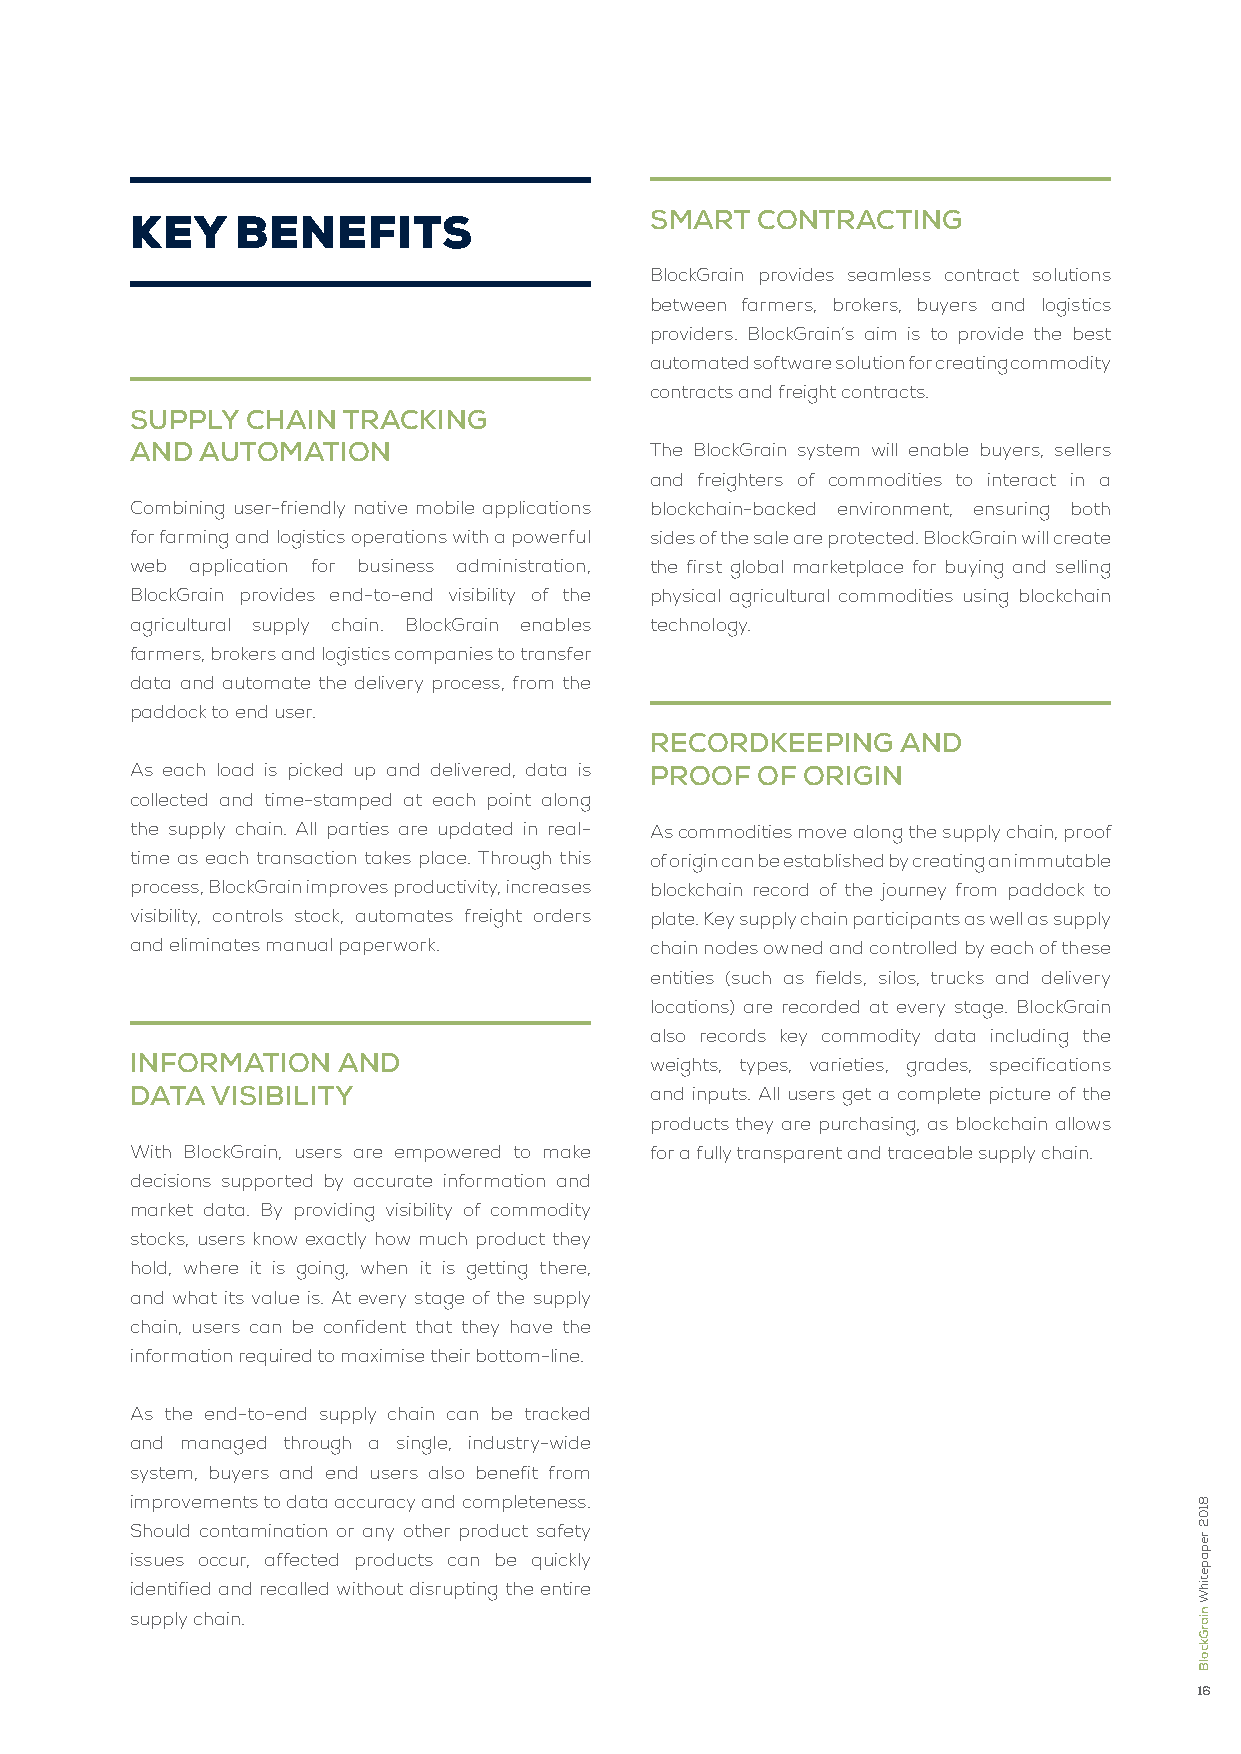
SMART  ConTRACTInG
 key   BenefIts
 BlockGrain provides seamless contract solutions
 between farmers, brokers, buyers and logistics
 providers. BlockGrain’s aim is to provide the best
 automated software solution for creating commodity
 contracts and freight contracts.
 SuPPly ChAIn  TRACKInG
 AnD AuToMATIon                    The BlockGrain system will enable buyers, sellers
 and freighters of commodities to interact in a
 Combining user-friendly native mobile applications blockchain-backed environment, ensuring both
 for farming and logistics operations with a powerful sides of the sale are protected. BlockGrain will create
 web application for business administration, the first global marketplace for buying and selling
 BlockGrain provides end-to-end visibility of the physical agricultural commodities using blockchain
 agricultural supply chain. BlockGrain enables technology.
 farmers, brokers and logistics companies to transfer
 data and automate the delivery process, from the
 paddock to end user.
 RECoRDKEEPInG   AnD
 As each load is picked up and delivered, data is PRooF oF oRIGIn
 collected and time-stamped at each point along
 the supply chain. All parties are updated in real- As commodities move along the supply chain, proof
 time as each transaction takes place. Through this of origin can be established by creating an immutable
 process, BlockGrain improves productivity, increases blockchain record of the journey from paddock to
 visibility, controls stock, automates freight orders plate. Key supply chain participants as well as supply
 and eliminates manual paperwork.  chain nodes owned and controlled by each of these
 entities (such as fields, silos, trucks and delivery
 locations) are recorded at every stage. BlockGrain
 also records key commodity data including the
 InFoRMATIon  AnD                  weights, types, varieties, grades, specifications
 DATA vISIBIlITy                   and inputs. All users get a complete picture of the
 products they are purchasing, as blockchain allows
 With BlockGrain, users are empowered to make for a fully transparent and traceable supply chain.
 decisions supported by accurate information and
 market data. By providing visibility of commodity
 stocks, users know exactly how much product they
 hold, where it is going, when it is getting there,
 and what its value is. At every stage of the supply
 chain, users can be confident that they have the
 information required to maximise their bottom-line.
 As the end-to-end supply chain can be tracked
 and managed through a single, industry-wide
 system, buyers and end users also benefit from
 improvements to data accuracy and completeness.
 Should contamination or any other product safety
 issues occur, affected products can be quickly
 identified and recalled without disrupting the entire
 supply chain.
 16
 8102
 repapetihW
 niarGkcolB